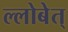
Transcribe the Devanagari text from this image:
ल्लोबेत्